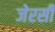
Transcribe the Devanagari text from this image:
जेरसी